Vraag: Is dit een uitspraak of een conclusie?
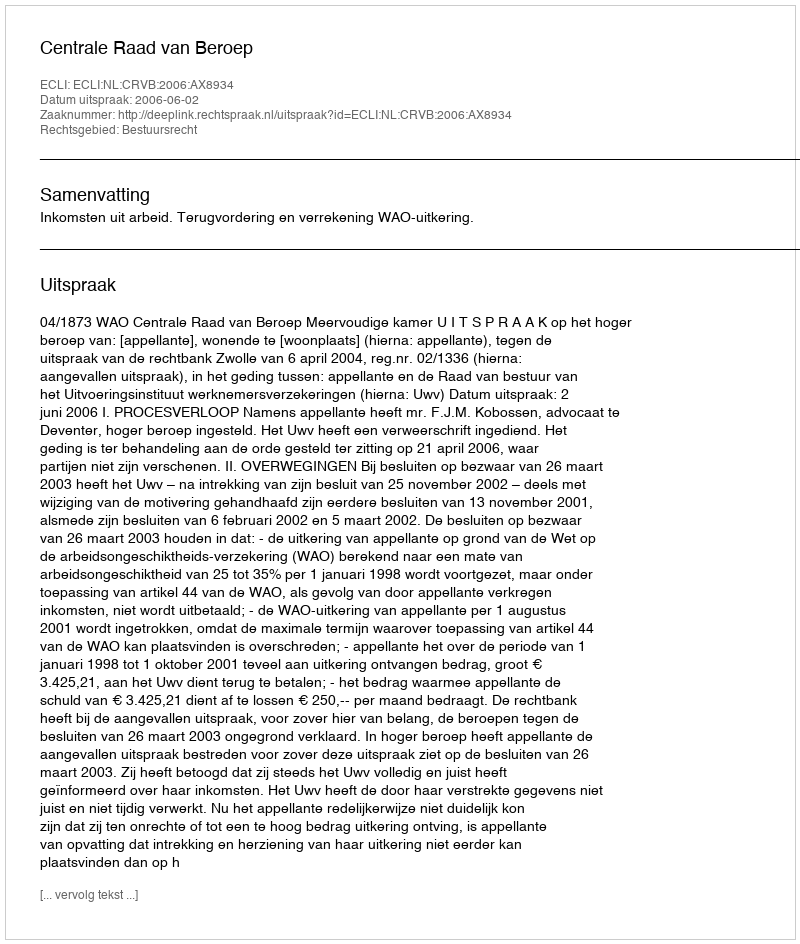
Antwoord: Uitspraak